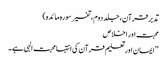
تدبر قرآن، جلد دوم، تفسیر سورہ مائدہ)
محبت اور اخلاص
’’ایمان اور تعلیم قرآن کی انتہا محبت الہی ہے۔